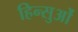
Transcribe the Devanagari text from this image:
हिन्सुओं